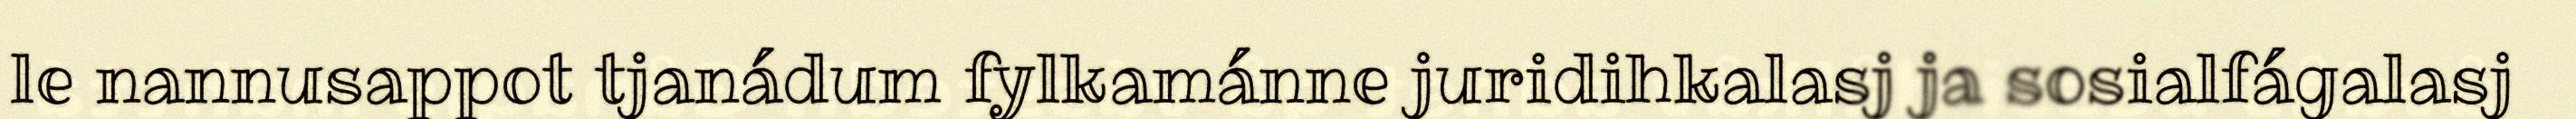
le nannusappot tjanádum fylkamánne juridihkalasj ja sosialfágalasj